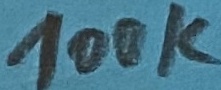
Text: 100K